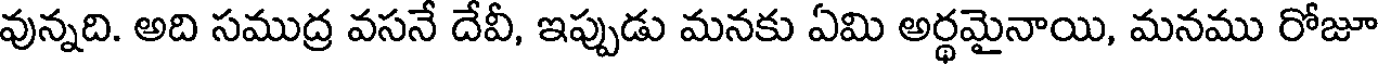
వున్నది. అది సముద్ర వసనే దేవీ, ఇప్పుడు మనకు ఏమి అర్థమైనాయి, మనము రోజూ